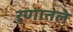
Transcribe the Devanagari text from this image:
रणातले